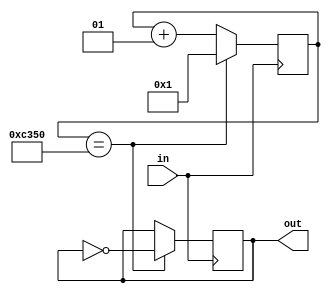
module fqdiv(in,out);
input in;
output reg out;
integer count = 0;
always@(posedge in)begin
	if(count==50000)begin
		count <= 1;
		out <= ~out;
	end
	else begin
		count <=count + 1;
	end
end
endmodule